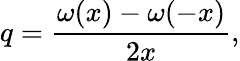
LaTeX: q=\frac{\omega(x)-\omega(-x)}{2x},